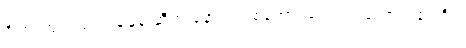
ဂိုဏ်းတူ တူလေးချန်ရှို့ဆီက နောက်တစ်ကောင်လောက် တောင်းခဲ့ပါဦး။